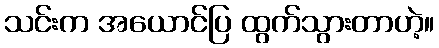
သင်းက အယောင်ပြ ထွက်သွားတာဟဲ့။